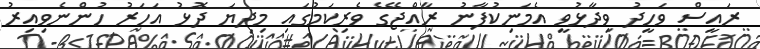
ރައީސް ވަހީދު ވިދާޅުވީ އެމަނިކުފާނު ރާއްޖޭގެ ވެރިކަމުގައި މިދިޔަ ދޮޅު އަހަރު ހުންނެވިއިރު